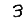
Digit: 3